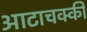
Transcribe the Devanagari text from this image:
आटाचक्की